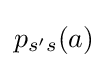
p_{s's}(a)